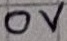
Text: 0V